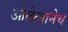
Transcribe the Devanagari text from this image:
ओलेत्यानेच